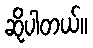
ဆိုပါတယ်။